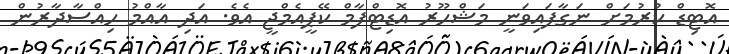
އޮޓިޑް ކުރުމަށް ނަގާފައިވަނީ މަޝްހޫރު އޮޑިޓްފާމް ކޭޕީއެމްޖީ އެވެ. އަދި އާއްމު ހިއްސާދާރުން